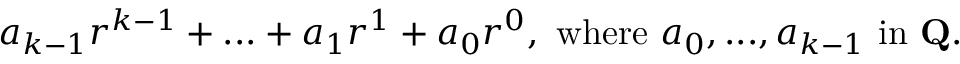
a _ { k - 1 } r ^ { k - 1 } + . . . + a _ { 1 } r ^ { 1 } + a _ { 0 } r ^ { 0 } , { \mathrm { ~ w h e r e ~ } } a _ { 0 } , . . . , a _ { k - 1 } { \mathrm { ~ i n ~ } } \mathbf { Q } .